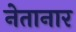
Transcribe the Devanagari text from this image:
नेतानार